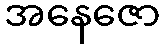
အနေဇော